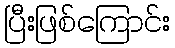
ပြီးဖြစ်ကြောင်း